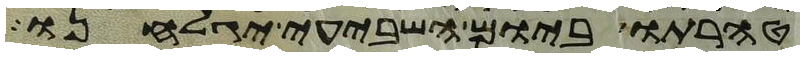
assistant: טהרתו ביום השביעי יגלחנו